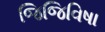
જિજિવિષા